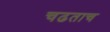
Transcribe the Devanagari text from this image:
चढताच